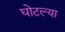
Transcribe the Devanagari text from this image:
घोटल्या